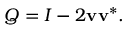
Q = I - 2 \mathbf { v } \mathbf { v } ^ { * } .